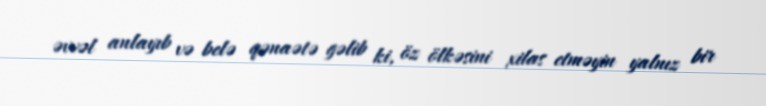
əvvəl anlayıb və belə qənaətə gəlib ki, öz ölkəsini xilas etməyin yalnız bir